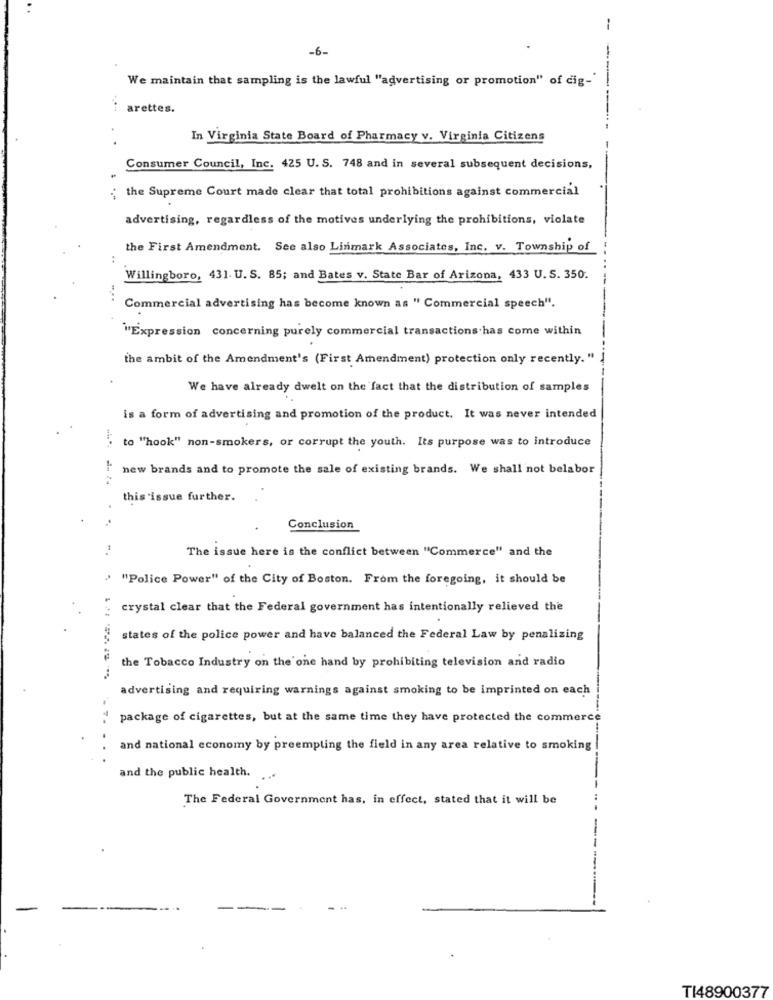
--
-6-
We maintain that sampling is the lawful "advertising or promotion" of cig-"
arettes.
In Virginia State Board of Pharmacy v. Virginia Citizens
Consumer Council, Inc. 425 U. S. 748 and in several subsequent decisions,
; the Supreme Court made clear that total prohibitions against commercial
advertising, regardless of the motives underlying the prohibitions, violate
the First Amendment. See also Linmark Associates, Inc. v. Township of
..
Willingboro, 431. U. S. 85; and Bates v. State Bar of Arizona, 433 U. S. 350.
....
Commercial advertising has become known as " Commercial speech".
"Expression concerning purely commercial transactions has come within
the ambit of the Amendment's (First Amendment) protection only recently. "
We have already dwelt on the fact that the distribution of samples
is a form of advertising and promotion of the product. It was never intended
to "hook" non-smokers, or corrupt the youth. Its purpose was to introduce
new brands and to promote the sale of existing brands. We shall not belabor
this issue further.
Conclusion
The issue here is the conflict between "Commerce" and the
' "Police Power" of the City of Boston. From the foregoing, it should be
crystal clear that the Federal government has intentionally relieved the
states of the police power and have balanced the Federal Law by penalizing
the Tobacco Industry on the one hand by prohibiting television and radio
---
advertising and requiring warnings against smoking to be imprinted on each
package of cigarettes, but at the same time they have protected the commerce
and national economy by preempting the field in any area relative to smoking !
......
and the public health.
The Federal Government has, in effect, stated that it will be
TI48900377